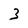
Character: 3